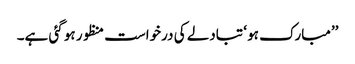
’’مبارک ہو ‘ تبادلے کی درخواست منظور ہو گئی ہے۔